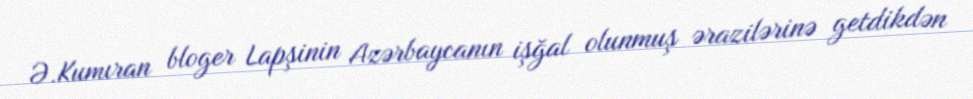
Ə.Kumıran bloger Lapşinin Azərbaycanın işğal olunmuş ərazilərinə getdikdən